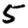
Digit: 5